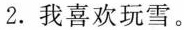
2.我喜欢玩雪。